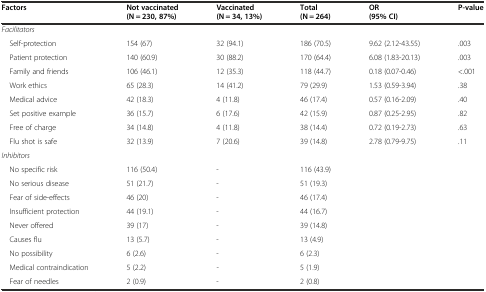
<table><thead><tr><td><b>Factors</b></td><td><b>Not vaccinated (N = 230, 87%)</b></td><td><b>Vaccinated (N = 34, 13%)</b></td><td><b>Total (N = 264)</b></td><td><b>OR (95% CI)</b></td><td><b>P-value</b></td></tr></thead><tbody><tr><td><i>Facilitators</i></td><td></td><td></td><td></td><td></td><td></td></tr><tr><td> Self-protection</td><td>154 (67)</td><td>32 (94.1)</td><td>186 (70.5)</td><td>9.62 (2.12-43.55)</td><td>.003</td></tr><tr><td> Patient protection</td><td>140 (60.9)</td><td>30 (88.2)</td><td>170 (64.4)</td><td>6.08 (1.83-20.13)</td><td>.003</td></tr><tr><td> Family and friends</td><td>106 (46.1)</td><td>12 (35.3)</td><td>118 (44.7)</td><td>0.18 (0.07-0.46)</td><td>&lt;.001</td></tr><tr><td> Work ethics</td><td>65 (28.3)</td><td>14 (41.2)</td><td>79 (29.9)</td><td>1.53 (0.59-3.94)</td><td>.38</td></tr><tr><td> Medical advice</td><td>42 (18.3)</td><td>4 (11.8)</td><td>46 (17.4)</td><td>0.57 (0.16-2.09)</td><td>.40</td></tr><tr><td> Set positive example</td><td>36 (15.7)</td><td>6 (17.6)</td><td>42 (15.9)</td><td>0.87 (0.25-2.95)</td><td>.82</td></tr><tr><td> Free of charge</td><td>34 (14.8)</td><td>4 (11.8)</td><td>38 (14.4)</td><td>0.72 (0.19-2.73)</td><td>.63</td></tr><tr><td> Flu shot is safe</td><td>32 (13.9)</td><td>7 (20.6)</td><td>39 (14.8)</td><td>2.78 (0.79-9.75)</td><td>.11</td></tr><tr><td><i>Inhibitors</i></td><td></td><td></td><td></td><td></td><td></td></tr><tr><td> No specific risk</td><td>116 (50.4)</td><td>-</td><td>116 (43.9)</td><td></td><td></td></tr><tr><td> No serious disease</td><td>51 (21.7)</td><td>-</td><td>51 (19.3)</td><td></td><td></td></tr><tr><td> Fear of side-effects</td><td>46 (20)</td><td>-</td><td>46 (17.4)</td><td></td><td></td></tr><tr><td> Insufficient protection</td><td>44 (19.1)</td><td>-</td><td>44 (16.7)</td><td></td><td></td></tr><tr><td> Never offered</td><td>39 (17)</td><td>-</td><td>39 (14.8)</td><td></td><td></td></tr><tr><td> Causes flu</td><td>13 (5.7)</td><td>-</td><td>13 (4.9)</td><td></td><td></td></tr><tr><td> No possibility</td><td>6 (2.6)</td><td>-</td><td>6 (2.3)</td><td></td><td></td></tr><tr><td> Medical contraindication</td><td>5 (2.2)</td><td>-</td><td>5 (1.9)</td><td></td><td></td></tr><tr><td> Fear of needles</td><td>2 (0.9)</td><td>-</td><td>2 (0.8)</td><td></td><td></td></tr></tbody></table>